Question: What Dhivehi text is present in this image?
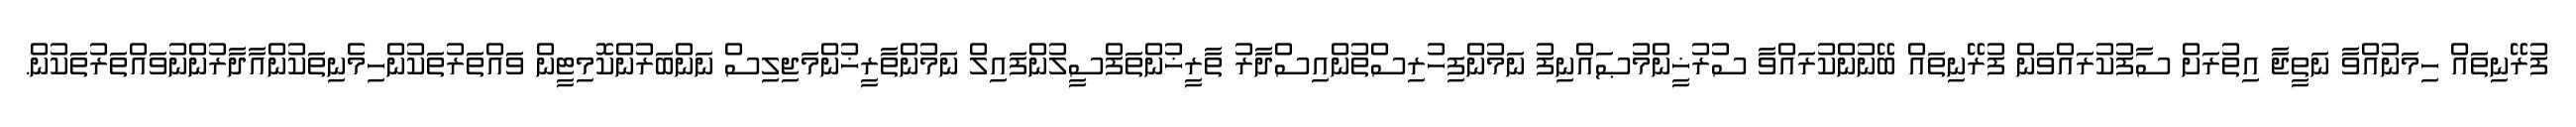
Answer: ފުރޭނިތައް ހިމަނުއްވާ ނަތީޖާ އިތުރަށް ސާފުކުރައްވަން ފުރޭނިތައް ބޭނުންކުރައްވާ ސުރުޚީންމުޞައްނިފު ނަމުންފިހުރިސްތުންއިސްދާރު ތާރީޚުންތަފްސީލުންފައިލް ނަމުންތާރީޚުންމަޖިލިސް ނަންބަރުންކޮމިޓީން ވައްތަރުތަކުންހިމެނިތަކުންއާދާރުންނުވައްތަރުތަކުން.